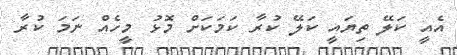
އެއީ ކަލޭ ތިޔައީ ކަލޭ ކުރާ ކަމަކަށް މޮޅު މީހެއް ނަމަ ކުރާ